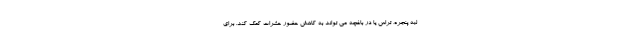
لبه پنجره، تراس یا در باغچه می تواند به کاهش حضور حشرات کمک کند. برای